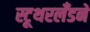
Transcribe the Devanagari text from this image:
स्टूथरलँडने